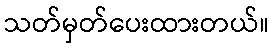
သတ်မှတ်ပေးထားတယ်။